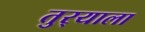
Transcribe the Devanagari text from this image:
तुर्‍याला